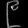
Digit: ၉